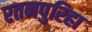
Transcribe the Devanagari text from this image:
रतनपुरिहा